Civil Veterinary Dept. Assam report 1911-1927 - 1911-1927
Year: 1911
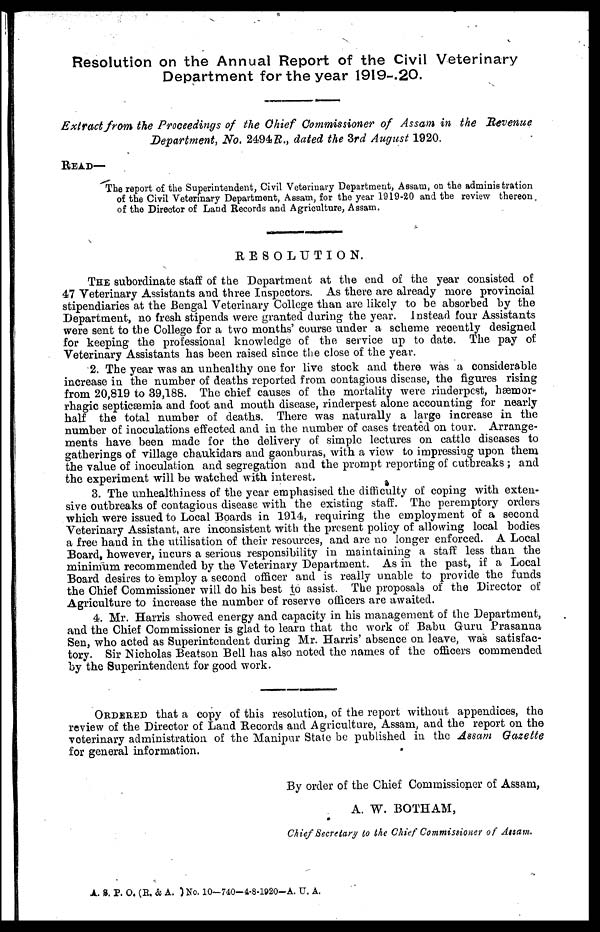
Resolution on the Annual Report of the Civil Veterinary
Department for the year 1919-20.
Extract from the Proceedings of the Chief Commissioner of Assam in the Revenue
Department, No. 2494 R., dated the 3rd August 1920.
READ—
The report of the Superintendent, Civil Veterinary Department, Assam, on the administration
of the Civil Veterinary Department, Assam, for the year 1919-20 and the review thereon
of the Director of Land Records and Agriculture, Assam.
RESOLUTION.
THE subordinate staff of the Department at the end of the year consisted of
47 Veterinary Assistants and three Inspectors. As there are already more provincial
stipendiaries at the Bengal Veterinary College than are likely to be absorbed by the
Department, no fresh stipends were granted during the year. Instead four Assistants
were sent to the College for a two months' course under a scheme recently designed
for keeping the professional knowledge of the service up to date. The pay of
Veterinary Assistants has been raised since the close of the year.
2. The year was an unhealthy one for live stock and there was a considerable
increase in the number of deaths reported from contagious disease, the figures rising
from 20,819 to 39,188. The chief causes of the mortality were rinderpest, hæmor-
rhagic septicæmia and foot and mouth disease, rinderpest alone accounting for nearly
half the total number of deaths. There was naturally a large increase in the
number of inoculations effected and in the number of cases treated on tour. Arrange-
ments have been made for the delivery of simple lectures on cattle diseases to
gatherings of village chaukidars and gaonburas, with a view to impressing upon them
the value of inoculation and segregation and the prompt reporting of outbreaks ; and
the experiment will be watched with interest.
3. The unhealthiness of the year emphasised the difficulty of coping with exten-
sive outbreaks of contagious disease with the existing staff. The peremptory orders
which were issued to Local Boards in 1914, requiring the employment of a second
Veterinary Assistant, are inconsistent with the present policy of allowing local bodies
a free hand in the utilisation of their resources, and are no longer enforced. A Local
Board, however, incurs a serious responsibility in maintaining a staff less than the
minimum recommended by the Veterinary Department. As in the past, if a Local
Board desires to employ a second officer and is really unable to provide the funds
the Chief Commissioner will do his best to assist. The proposals of the Director of
Agriculture to increase the number of reserve officers are awaited.
4. Mr. Harris showed energy and capacity in his management of the Department,
and the Chief Commissioner is glad to learn that the work of Babu Guru Prasanna
Sen, who acted as Superintendent during Mr. Harris' absence on leave, was satisfac-
tory. Sir Nicholas Beatson Bell has also noted the names of the officers commended
by the Superintendent for good work.
ORDERED that a copy of this resolution, of the report without appendices, the
review of the Director of Land Records and Agriculture, Assam, and the report on the
veterinary administration of the Manipur State be published in the Assam Gazette
for general information.
By order of the Chief Commissioner of Assam,
A. W. BOTHAM,
Chief Secretary to the Chief Commissioner of Assam,
A. S. P. O. (R. & A. )No. 10-740-4-8-1920-A. U, A.